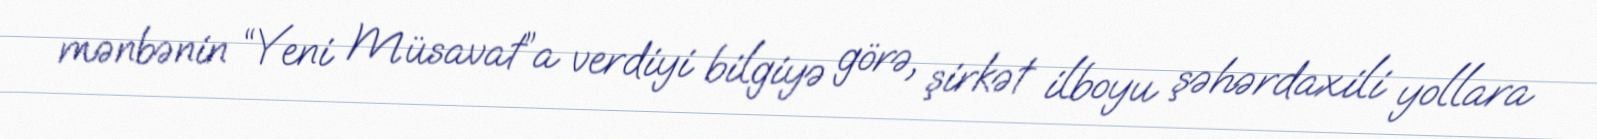
mənbənin “Yeni Müsavat”a verdiyi bilgiyə görə, şirkət ilboyu şəhərdaxili yollara